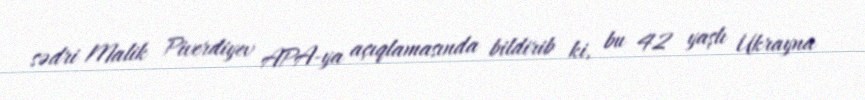
sədri Malik Piverdiyev APA-ya açıqlamasında bildirib ki, bu 42 yaşlı Ukrayna